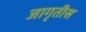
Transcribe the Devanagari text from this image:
जागृतीस